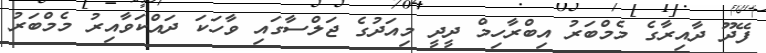
ފޭދޫ ދާއިރާގެ މެމްބަރު އިބްރާހިމް ދީދީ މިއަދުގެ ޖަލްސާގައި ވާހަކަ ދައްކަވާއިރު މެމްބަރު